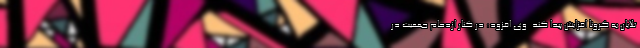
تلایان به کرونا افزایش پیدا کند. وی افزود: در کنار ازدحام جمعیت در